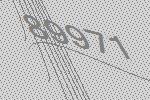
89971